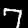
Digit: 7